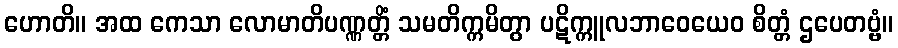
ဟောတိ။ အထ ကေသာ လောမာတိပဏ္ဏတ္တိံ သမတိက္ကမိတွာ ပဋိက္ကူလဘာဝေယေဝ စိတ္တံ ဌပေတဗ္ဗံ။